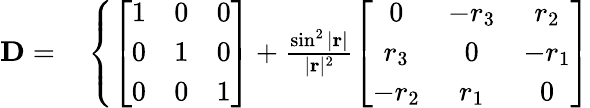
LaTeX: \begin{array}{rl}{\mathbf{D}=}&{{}\left\{ \left[\begin{array}{lll}{1}&{0}&{0}\\ {0}&{1}&{0}\\ {0}&{0}&{1}\end{array}\right]+\frac{\sin^{2}|\mathbf{r}|}{|\mathbf{r}|^{2}}\left[\begin{array}{ccc}{0}&{-r_{3}}&{r_{2}}\\ {r_{3}}&{0}&{-r_{1}}\\ {-r_{2}}&{r_{1}}&{0}\end{array}\right]\right.}\end{array}